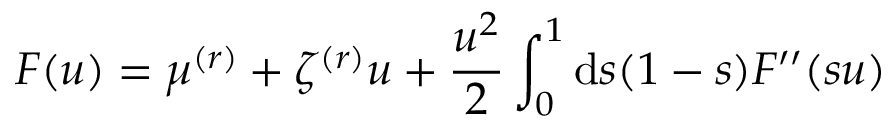
F ( u ) = \mu ^ { ( r ) } + \zeta ^ { ( r ) } u + \frac { u ^ { 2 } } { 2 } \int _ { 0 } ^ { 1 } \mathrm { d } s ( 1 - s ) F ^ { \prime \prime } ( s u )